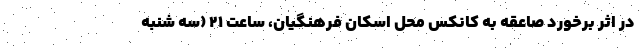
در اثر برخورد صاعقه به کانکس محل اسکان فرهنگیان، ساعت ۲۱ (سه شنبه